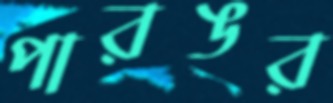
পারঙর